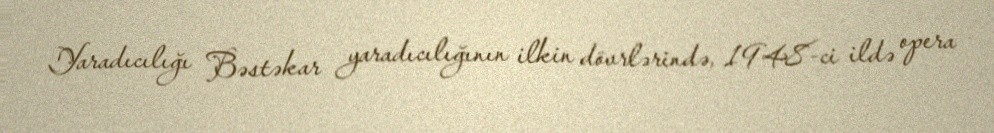
Yaradıcılığı Bəstəkar yaradıcılığının ilkin dövrlərində, 1948-ci ildə opera